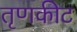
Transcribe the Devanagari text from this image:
तृणकीट